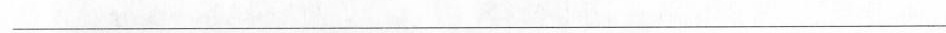
___